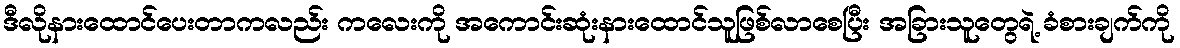
ဒီလိုနားထောင်ပေးတာကလည်း ကလေးကို အကောင်းဆုံးနားထောင်သူဖြစ်လာစေပြီး အခြားသူတွေရဲ့ ခံစားချက်ကို